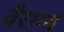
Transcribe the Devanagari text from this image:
वैराग्‍य